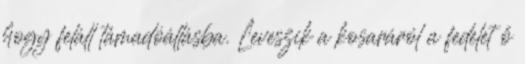
hogy feláll támadóállásba. Leveszik a kosaráról a fedelet ő